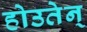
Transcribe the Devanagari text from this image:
होउतेन्